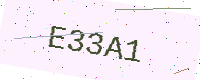
Text: E33A1